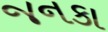
જનકા